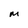
Character: M